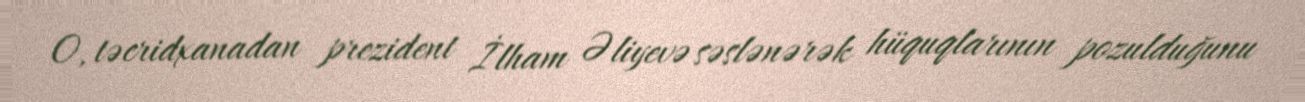
O, təcridxanadan prezident İlham Əliyevə səslənərək hüquqlarının pozulduğunu